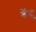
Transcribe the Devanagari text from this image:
बेंदू